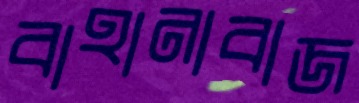
বাহানাবাজ